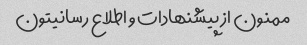
ممنون از پیشنهادات و اطلاع رسانیتون